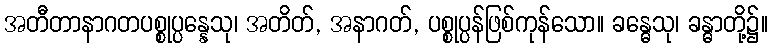
အတီတာနာဂတပစ္စုပ္ပန္နေသု၊ အတိတ်, အနာဂတ်, ပစ္စုပ္ပန်ဖြစ်ကုန်သော။ ခန္ဓေသု၊ ခန္ဓာတို့၌။